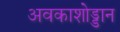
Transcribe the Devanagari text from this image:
अवकाशोड्डान